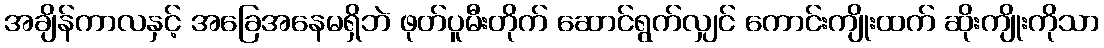
အချိန်ကာလနှင့် အခြေအနေမရှိဘဲ ဖုတ်ပူမီးတိုက် ဆောင်ရွက်လျှင် ကောင်းကျိုးထက် ဆိုးကျိုးကိုသာ